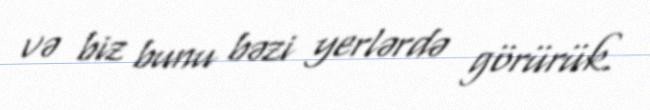
və biz bunu bəzi yerlərdə görürük.